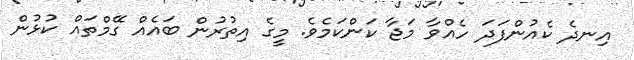
އިނދެ ކެއުންފަދަ ހެއްވާ މަޖާ ކަންކަމެވެ. މީގެ އިތުރުން ބައެއް ގޭމްތައް ކުޅުން